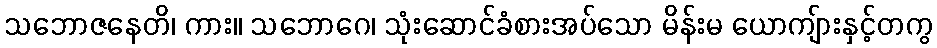
သဘောဇနေတိ၊ ကား။ သဘောဂေ၊ သုံးဆောင်ခံစားအပ်သော မိန်းမ ယောကျ်ားနှင့်တကွ